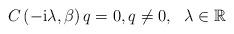
LaTeX: \begin{align*}C\left( -\mathrm{i}\lambda,\beta\right) q=0,q\not =0,\text{\ \ }\lambda\in\mathbb{R} \end{align*}